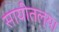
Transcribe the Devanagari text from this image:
सायीतल्या